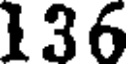
136